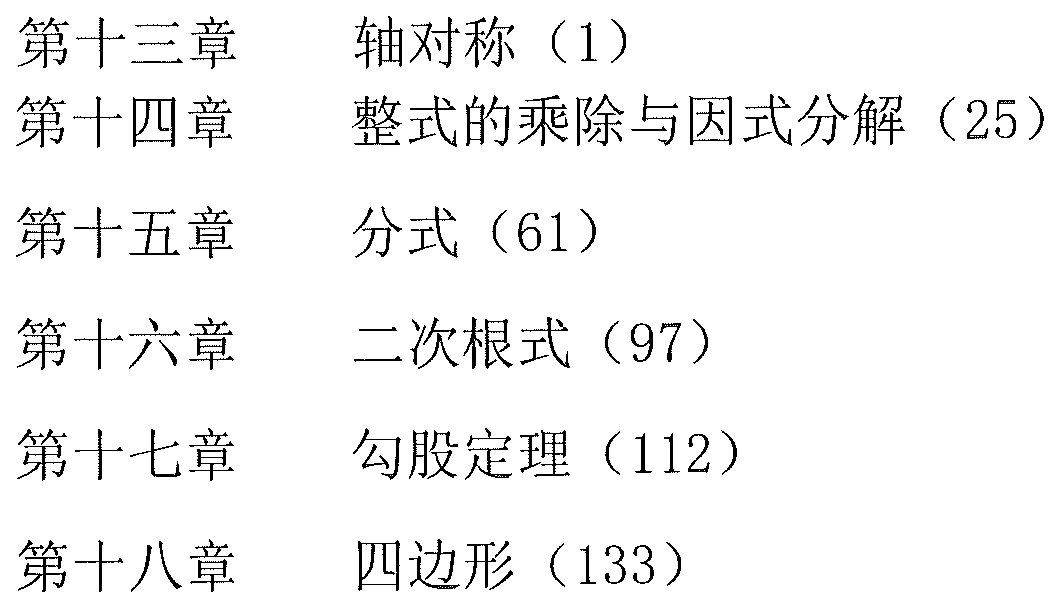
第十三章     轴对称（1）
第十四章     整式的乘除与因式分解（25）
第十五章     分式（61）
第十六章     二次根式（97）
第十七章     勾股定理（112）
第十八章     四边形（133）